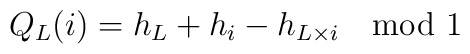
Q_L(i) = h_L + h_i - h_{L \times i} \quad  {\rm mod} \ 1